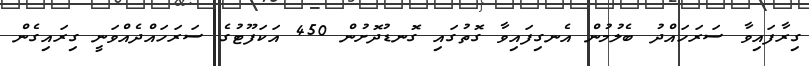
ގިރާފައިވާ ސަރަހައްދު ބެލުމުން އެނގިފައިވާ ގޮތުގައި ގޮނޑުދޮށުން 450 އަކަފޫޓުގެ ސަރަހައްދެއްވަނީ ގިރައިގެން